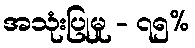
အသုံးပြုမှု - ၇၅%